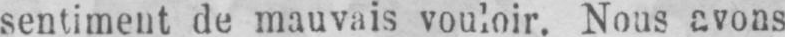
sentiment de mauvais vouloir. Nous avons